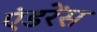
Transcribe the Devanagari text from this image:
एंडरेंस